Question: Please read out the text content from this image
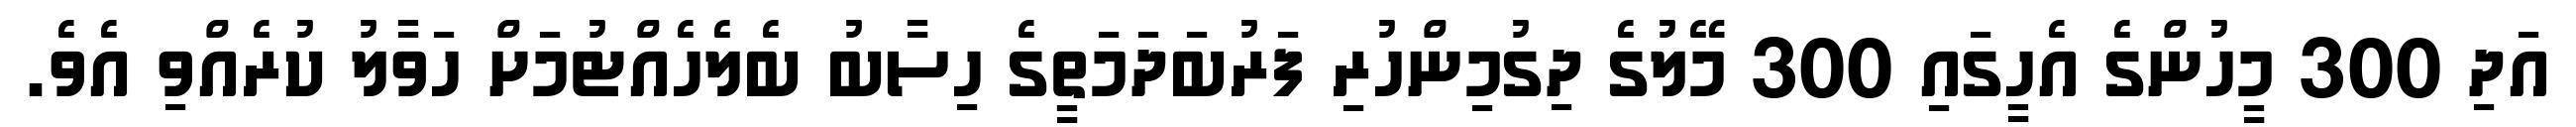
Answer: އަދި 300 މީހުންގެ އެހީގައި 300 މޭލުގެ ދިގުމިންހުރި ފަރުބަދަމަތީގެ ހިސާބު ބެލެހެއްޓުމަށް ހަވާލު ކުރެއްވި އެވެ.